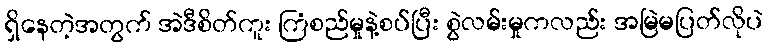
ရှိနေတဲ့အတွက် အဲဒီစိတ်ကူး ကြံစည်မှုနဲ့စပ်ပြီး စွဲလမ်းမှုကလည်း အမြဲမပြတ်လိုပဲ